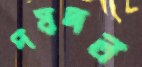
পয়দল